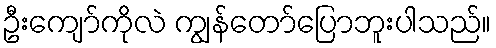
ဦးကျော်ကိုလဲ ကျွန်တော်ပြောဘူးပါသည်။